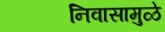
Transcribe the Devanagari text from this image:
निवासामुळे